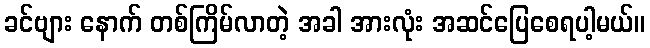
ခင်ဗျား နောက် တစ်ကြိမ်လာတဲ့ အခါ အားလုံး အဆင်ပြေစေရပါ့မယ်။